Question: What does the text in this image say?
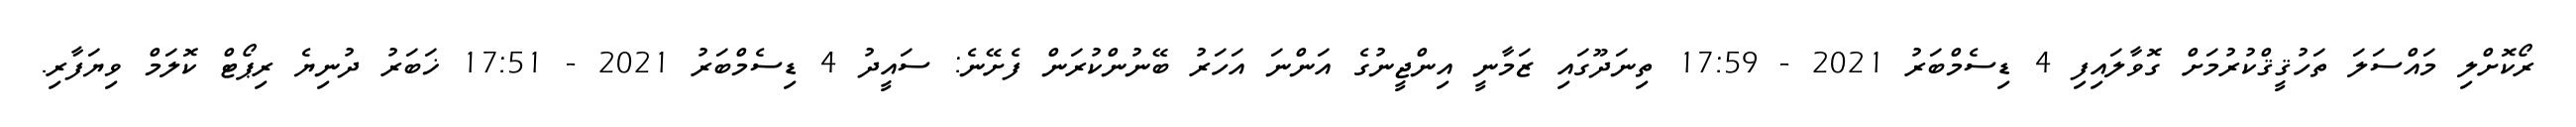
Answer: ރޯކޮށްލި މައްސަލަ ތަހުޤީޤްކުރުމަށް ގޮވާލައިފި 4 ޑިސެމްބަރު 2021 - 17:59 ތިނަދޫގައި ޒަމާނީ އިންޖީނުގެ އަންނަ އަހަރު ބޭނުންކުރަން ފެށޭނެ: ސައީދު 4 ޑިސެމްބަރު 2021 - 17:51 ޚަބަރު ދުނިޔެ ރިޕޯޓް ކޮލަމް ވިޔަފާރި.